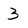
Character: 3